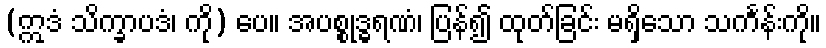
(ဣဒံ သိက္ခာပဒံ၊ ကို) ပေ။ အပစ္စုဒ္ဓရဏံ၊ ပြန်၍ ထုတ်ခြင်း မရှိသော သင်္ကန်းကို။